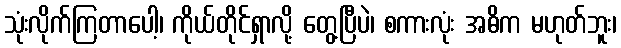
သုံးလိုက်ကြတာပေါ့၊ ကိုယ်တိုင်ရှာလို့ တွေ့ပြီပဲ၊ စကားလုံး အဓိက မဟုတ်ဘူး၊